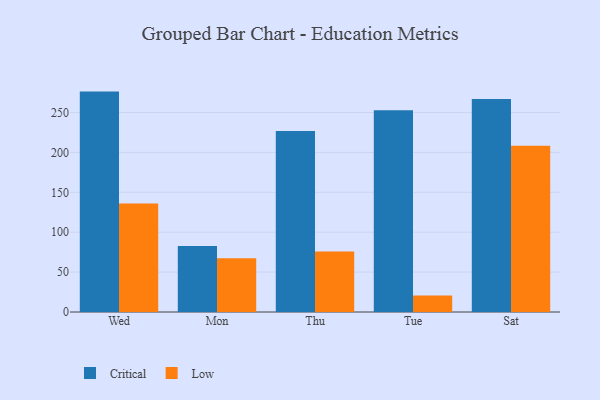
{"axis": {"x": "Day", "y": "Budget (USD K)"}, "legend": ["Critical", "Low"], "data": [{"x": "Wed", "y": 276.2, "type": "Critical"}, {"x": "Wed", "y": 135.9, "type": "Low"}, {"x": "Mon", "y": 82.6, "type": "Critical"}, {"x": "Mon", "y": 67.3, "type": "Low"}, {"x": "Thu", "y": 226.7, "type": "Critical"}, {"x": "Thu", "y": 75.7, "type": "Low"}, {"x": "Tue", "y": 252.8, "type": "Critical"}, {"x": "Tue", "y": 20.7, "type": "Low"}, {"x": "Sat", "y": 266.8, "type": "Critical"}, {"x": "Sat", "y": 208.3, "type": "Low"}]}